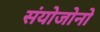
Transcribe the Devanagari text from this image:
संयोजोनो